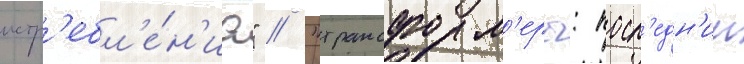
истр'ебл'е́н'иа" / "трансформ'еры: посл'едн'ии